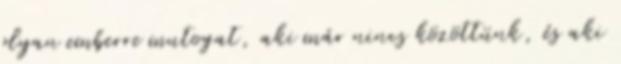
olyan emberre mutogat, aki már nincs közöttünk, és aki